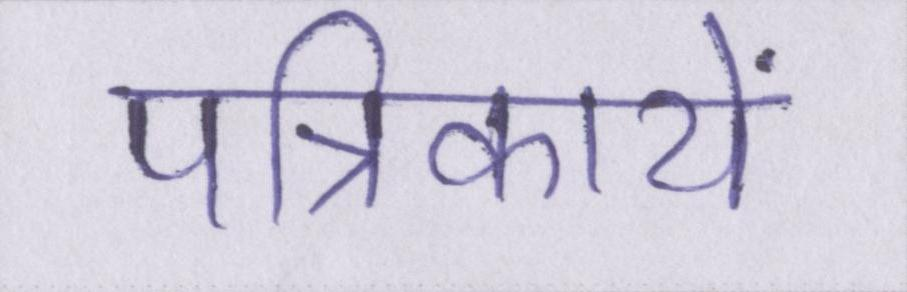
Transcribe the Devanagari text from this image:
पत्रिकायें